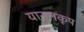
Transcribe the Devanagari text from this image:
यानलकूप